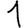
Digit: 1